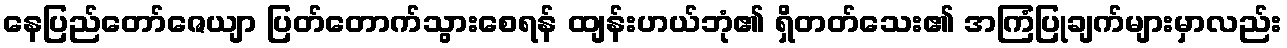
နေပြည်တော်ဇေယျာ ပြတ်တောက်သွားစေရန် ထျန်းဟယ်ဘုံ၏ ရှိတတ်သေး၏ အကြံပြုချက်များမှာလည်း